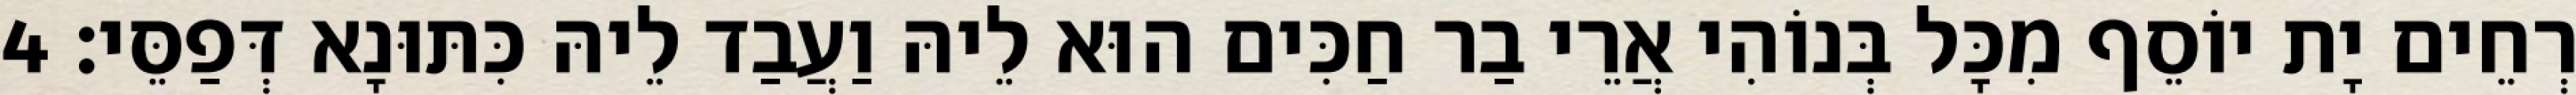
רְחֵים יָת יוֹסֵף מִכָּל בְּנוֹהִי אֲרֵי בַר חַכִּים הוּא לֵיהּ וַעֲבַד לֵיהּ כִּתּוּנָא דְּפַסֵּי׃ 4